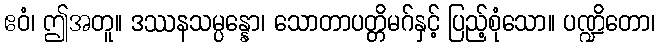
ဧဝံ၊ ဤအတူ။ ဒဿနသမ္ပန္နော၊ သောတာပတ္တိမဂ်နှင့် ပြည့်စုံသော။ ပဏ္ဍိတော၊